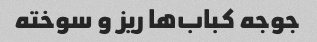
جوجه کباب‌ها ریز و سوخته